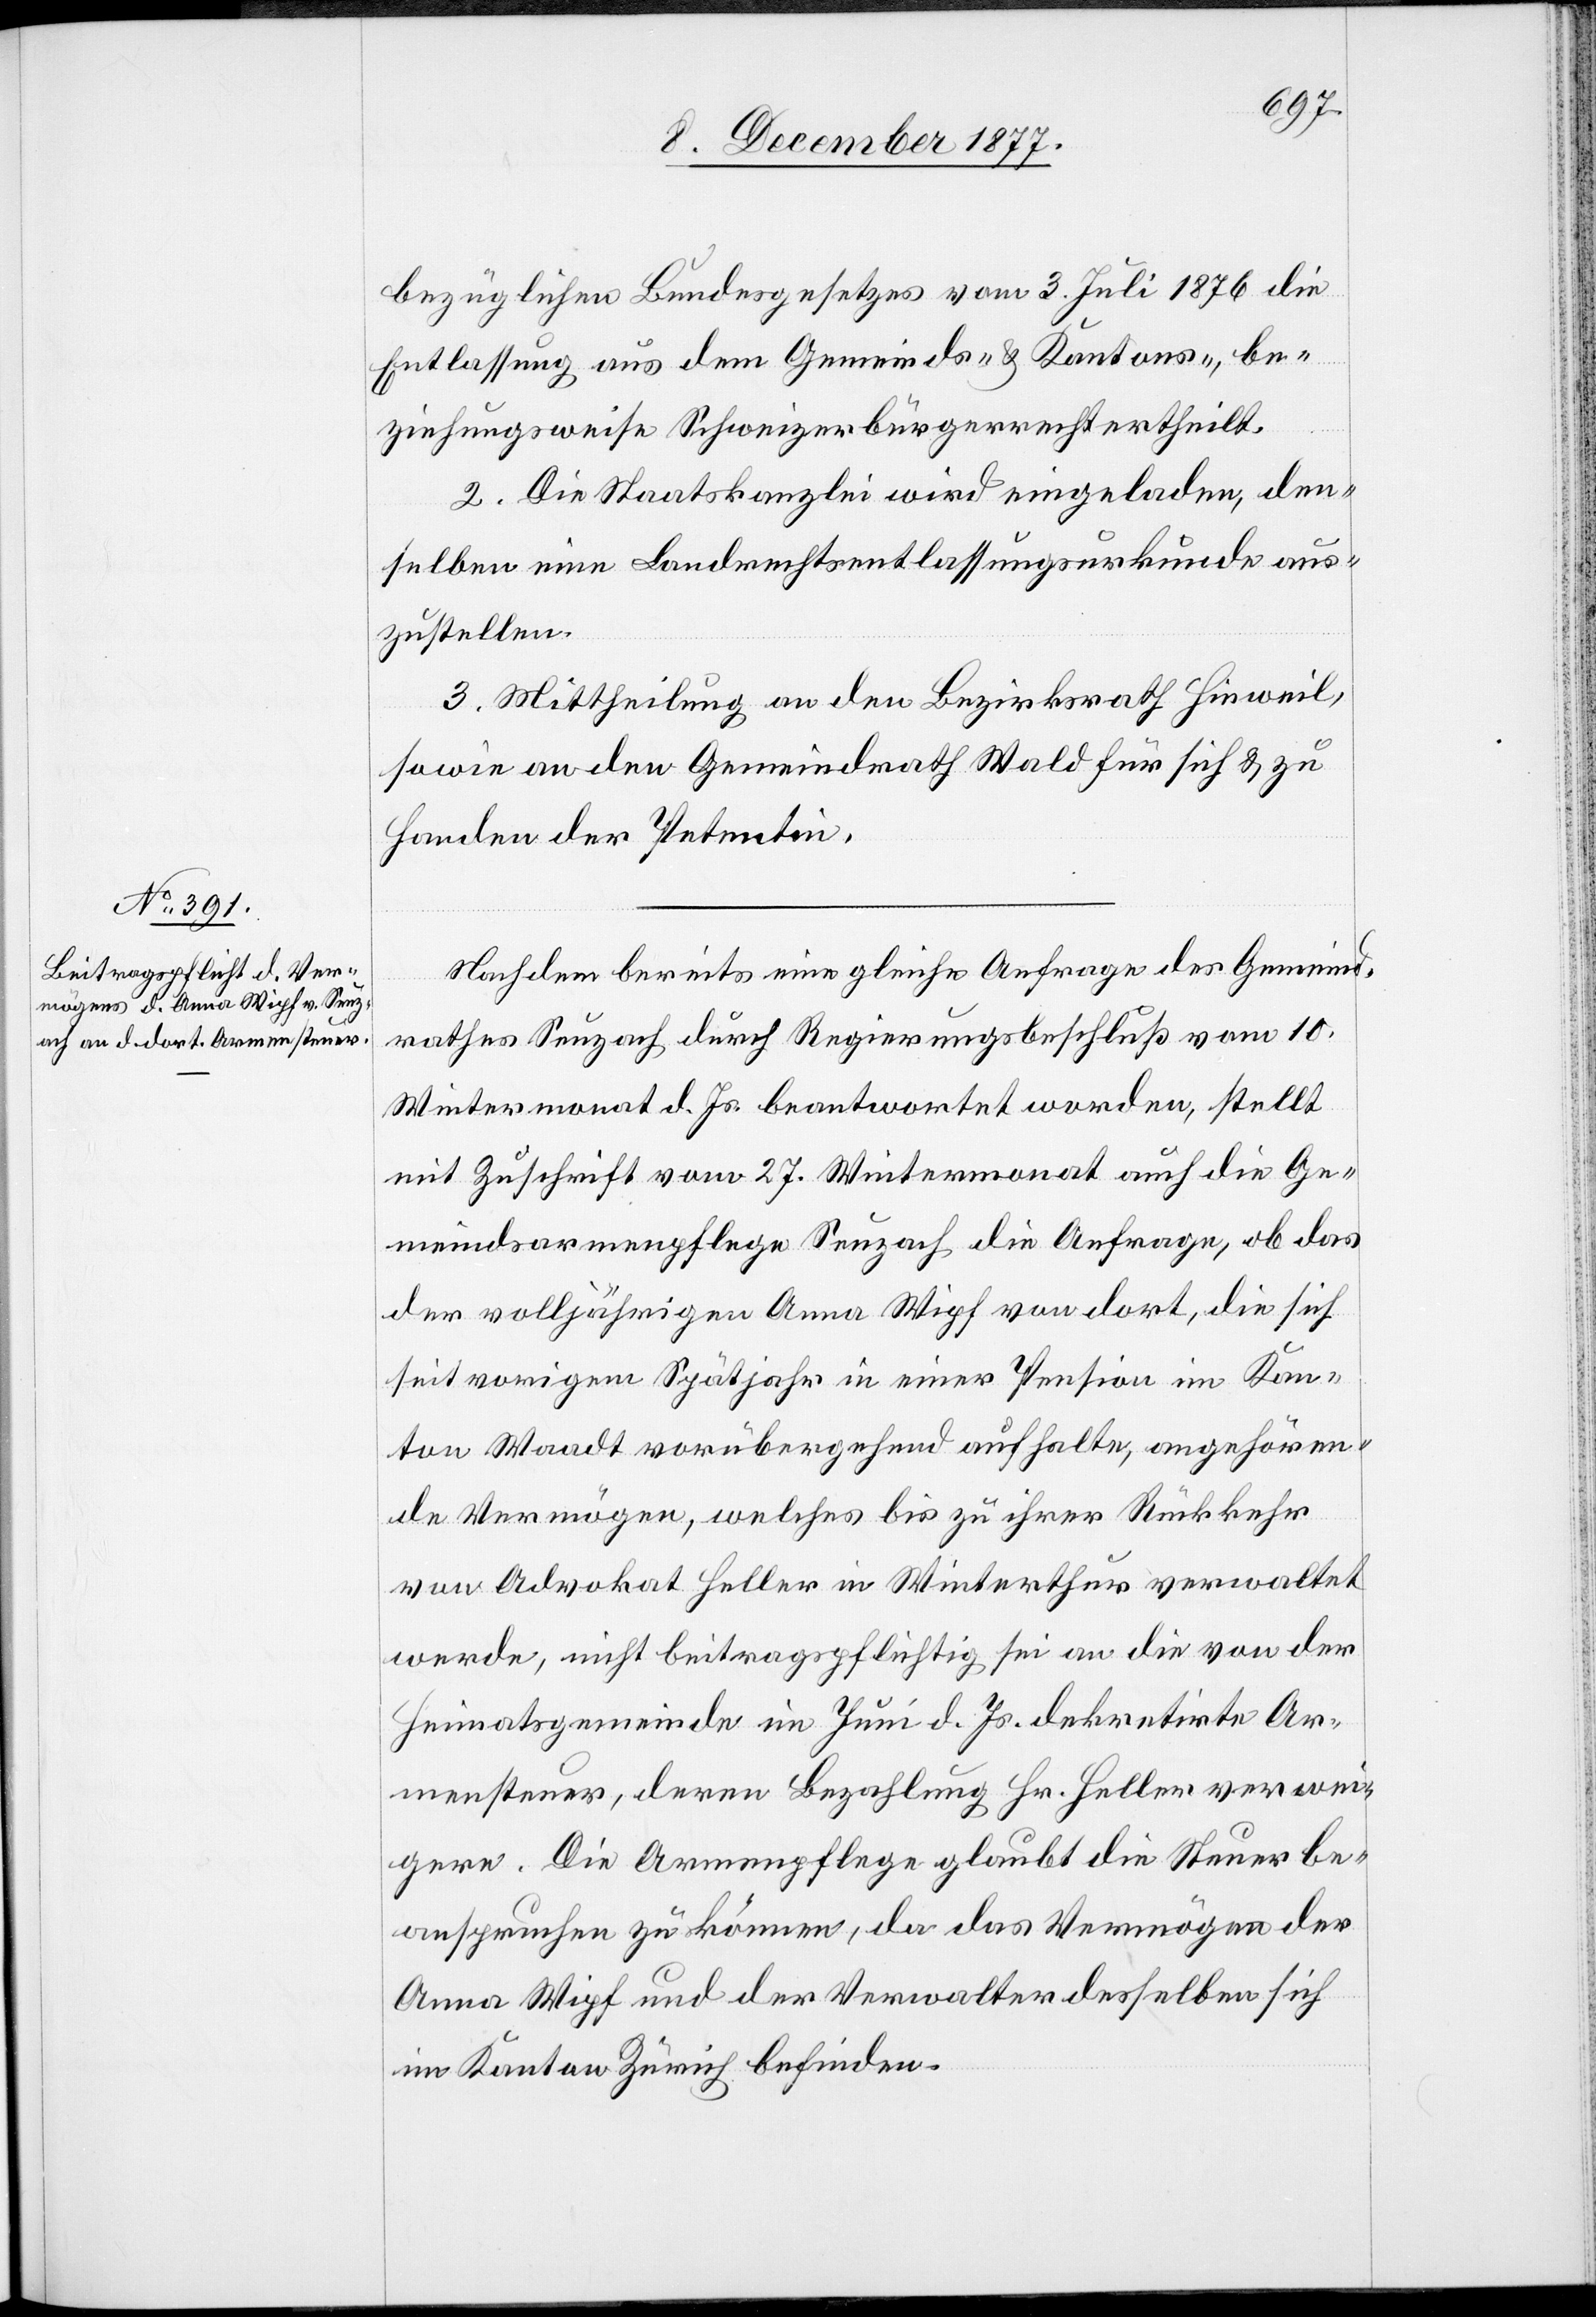
bezüglichen Bundesgesetzes vom 3. Juli 1876 die
Entlassung aus dem Gemeinds- & Kantons-, be¬
ziehungsweise Schweizerbürgerrecht ertheilt.
2. Die Staatskanzlei wird eingeladen, den¬
selben eine Landrechtsentlassungsurkunde aus¬
zustellen.
3. Mittheilung an den Bezirksrath Hinweil,
sowie an den Gemeindrath Wald für sich & zu
Handen der Petentin.
Nachdem bereits eine gleiche Anfrage des Gemeind¬
rathes Seuzach durch Regierungsbeschluß vom 10.
Wintermonat d. Js. beantwortet worden, stellt
mit Zuschrift vom 27. Wintermonat auch die Ge¬
meindsarmenpflege Seuzach die Anfrage, ob das
der volljährigen Anna Wipf von dort, die sich
seit vorigem Spätjahr in einer Pension im Kan¬
ton Waadt vorübergehend aufhalte, angehören¬
de Vermögen, welches bis zu ihrer Rückkehr
von Advokat Heller in Winterthur verwaltet
werde, nicht beitragspflichtig sei an die von der
Heimatsgemeinde im Juni d. Js. dekretirte Ar¬
mensteuer, deren Bezahlung Hr. Heller verwei¬
gere. Die Armenpflege glaubt die Steuer be¬
anspruchen zu können, da das Vermögen der
Anna Wipf und der Verwalter desselben sich
im Kanton Zürich befinden.